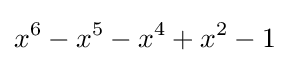
x^{6}-x^{5}-x^{4}+x^{2}-1